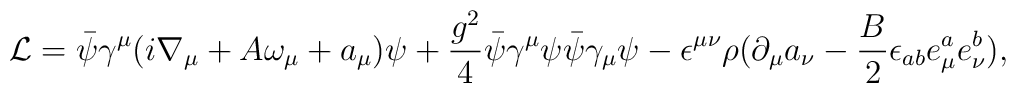
{\cal L}=\bar\psi\gamma^\mu(i\nabla_\mu + A \omega_{\mu}+a_{\mu})\psi+\frac{g^2}{4}\bar\psi\gamma^\mu\psi\bar\psi\gamma_\mu\psi-\epsilon^{\mu\nu}\rho(\partial_\mu a_\nu-\frac{B}{2}\epsilon_{ab} e^a_\mu e^b_\nu),